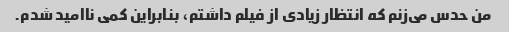
من حدس می‌زنم که انتظار زیادی از فیلم داشتم، بنابراین کمی ناامید شدم.